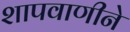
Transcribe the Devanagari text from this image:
शापवाणीने